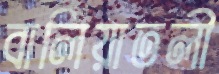
বালিয়াতলী